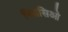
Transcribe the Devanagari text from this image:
गिम्नसिओ